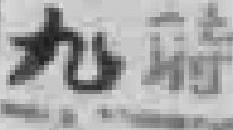
九時